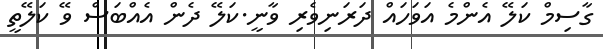
ގާސިމް ކަލޭ އެންމެ އަވަހައް ދަރަނިވެރި ވާނީ.ކަލޭ ދެން އެއްބަސް ވޭ ކަލޭތީ